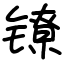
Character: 镣